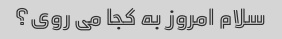
سلام امروز به کجا می روی؟